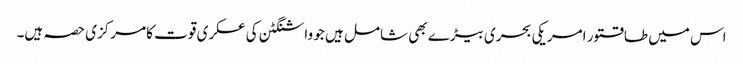
اس میں طاقتور امریکی بحری بیڑے بھی شامل ہیں جو واشنگٹن کی عسکری قوت کا مرکزی حصہ ہیں۔